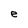
Character: e